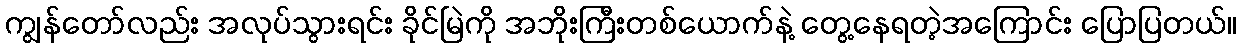
ကျွန်တော်လည်း အလုပ်သွားရင်း ခိုင်မြဲကို အဘိုးကြီးတစ်ယောက်နဲ့ တွေ့နေရတဲ့အကြောင်း ပြောပြတယ်။